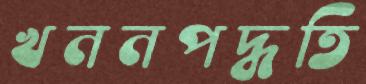
খননপদ্ধতি